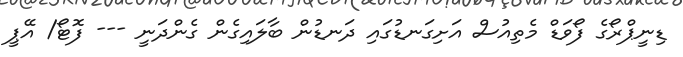
ޑިނީޕްރޯގެ ފޯވަޑް މެތިއުސް އަށިގަނޑުގައި ދަނޑުން ބާލައިގެން ގެންދަނީ --- ފޮޓޯ/ އޭޕީ